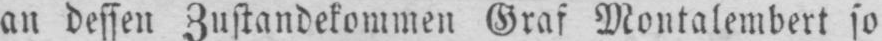
an dessen Zustandekommen Graf Montalembert so